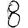
Digit: 8